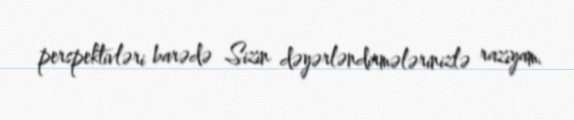
perspektivləri barədə Sizin dəyərləndirmələrinizlə razıyam.